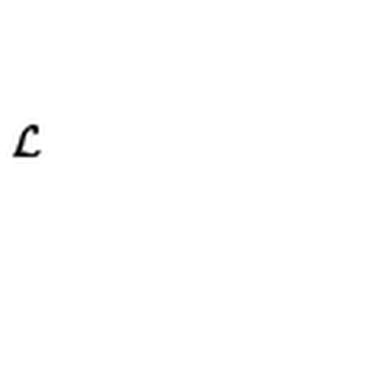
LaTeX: { \cal L }